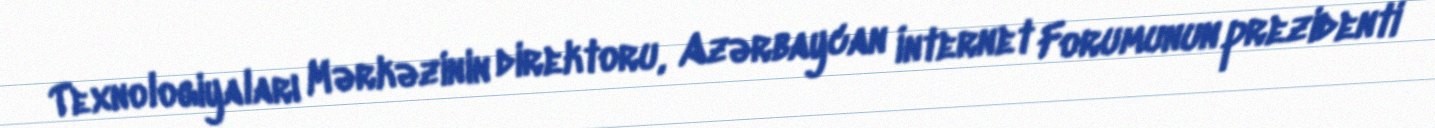
Texnologiyaları Mərkəzinin direktoru, Azərbaycan İnternet Forumunun prezidenti